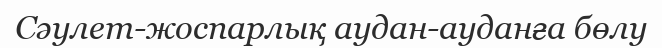
Сәулет-жоспарлық аудан-ауданға бөлу